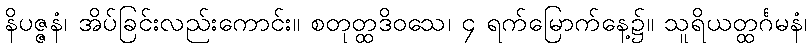
နိပဇ္ဇနံ၊ အိပ်ခြင်းလည်းကောင်း။ စတုတ္ထဒိဝသေ၊ ၄ ရက်မြောက်နေ့၌။ သူရိယတ္ထင်္ဂမနံ၊